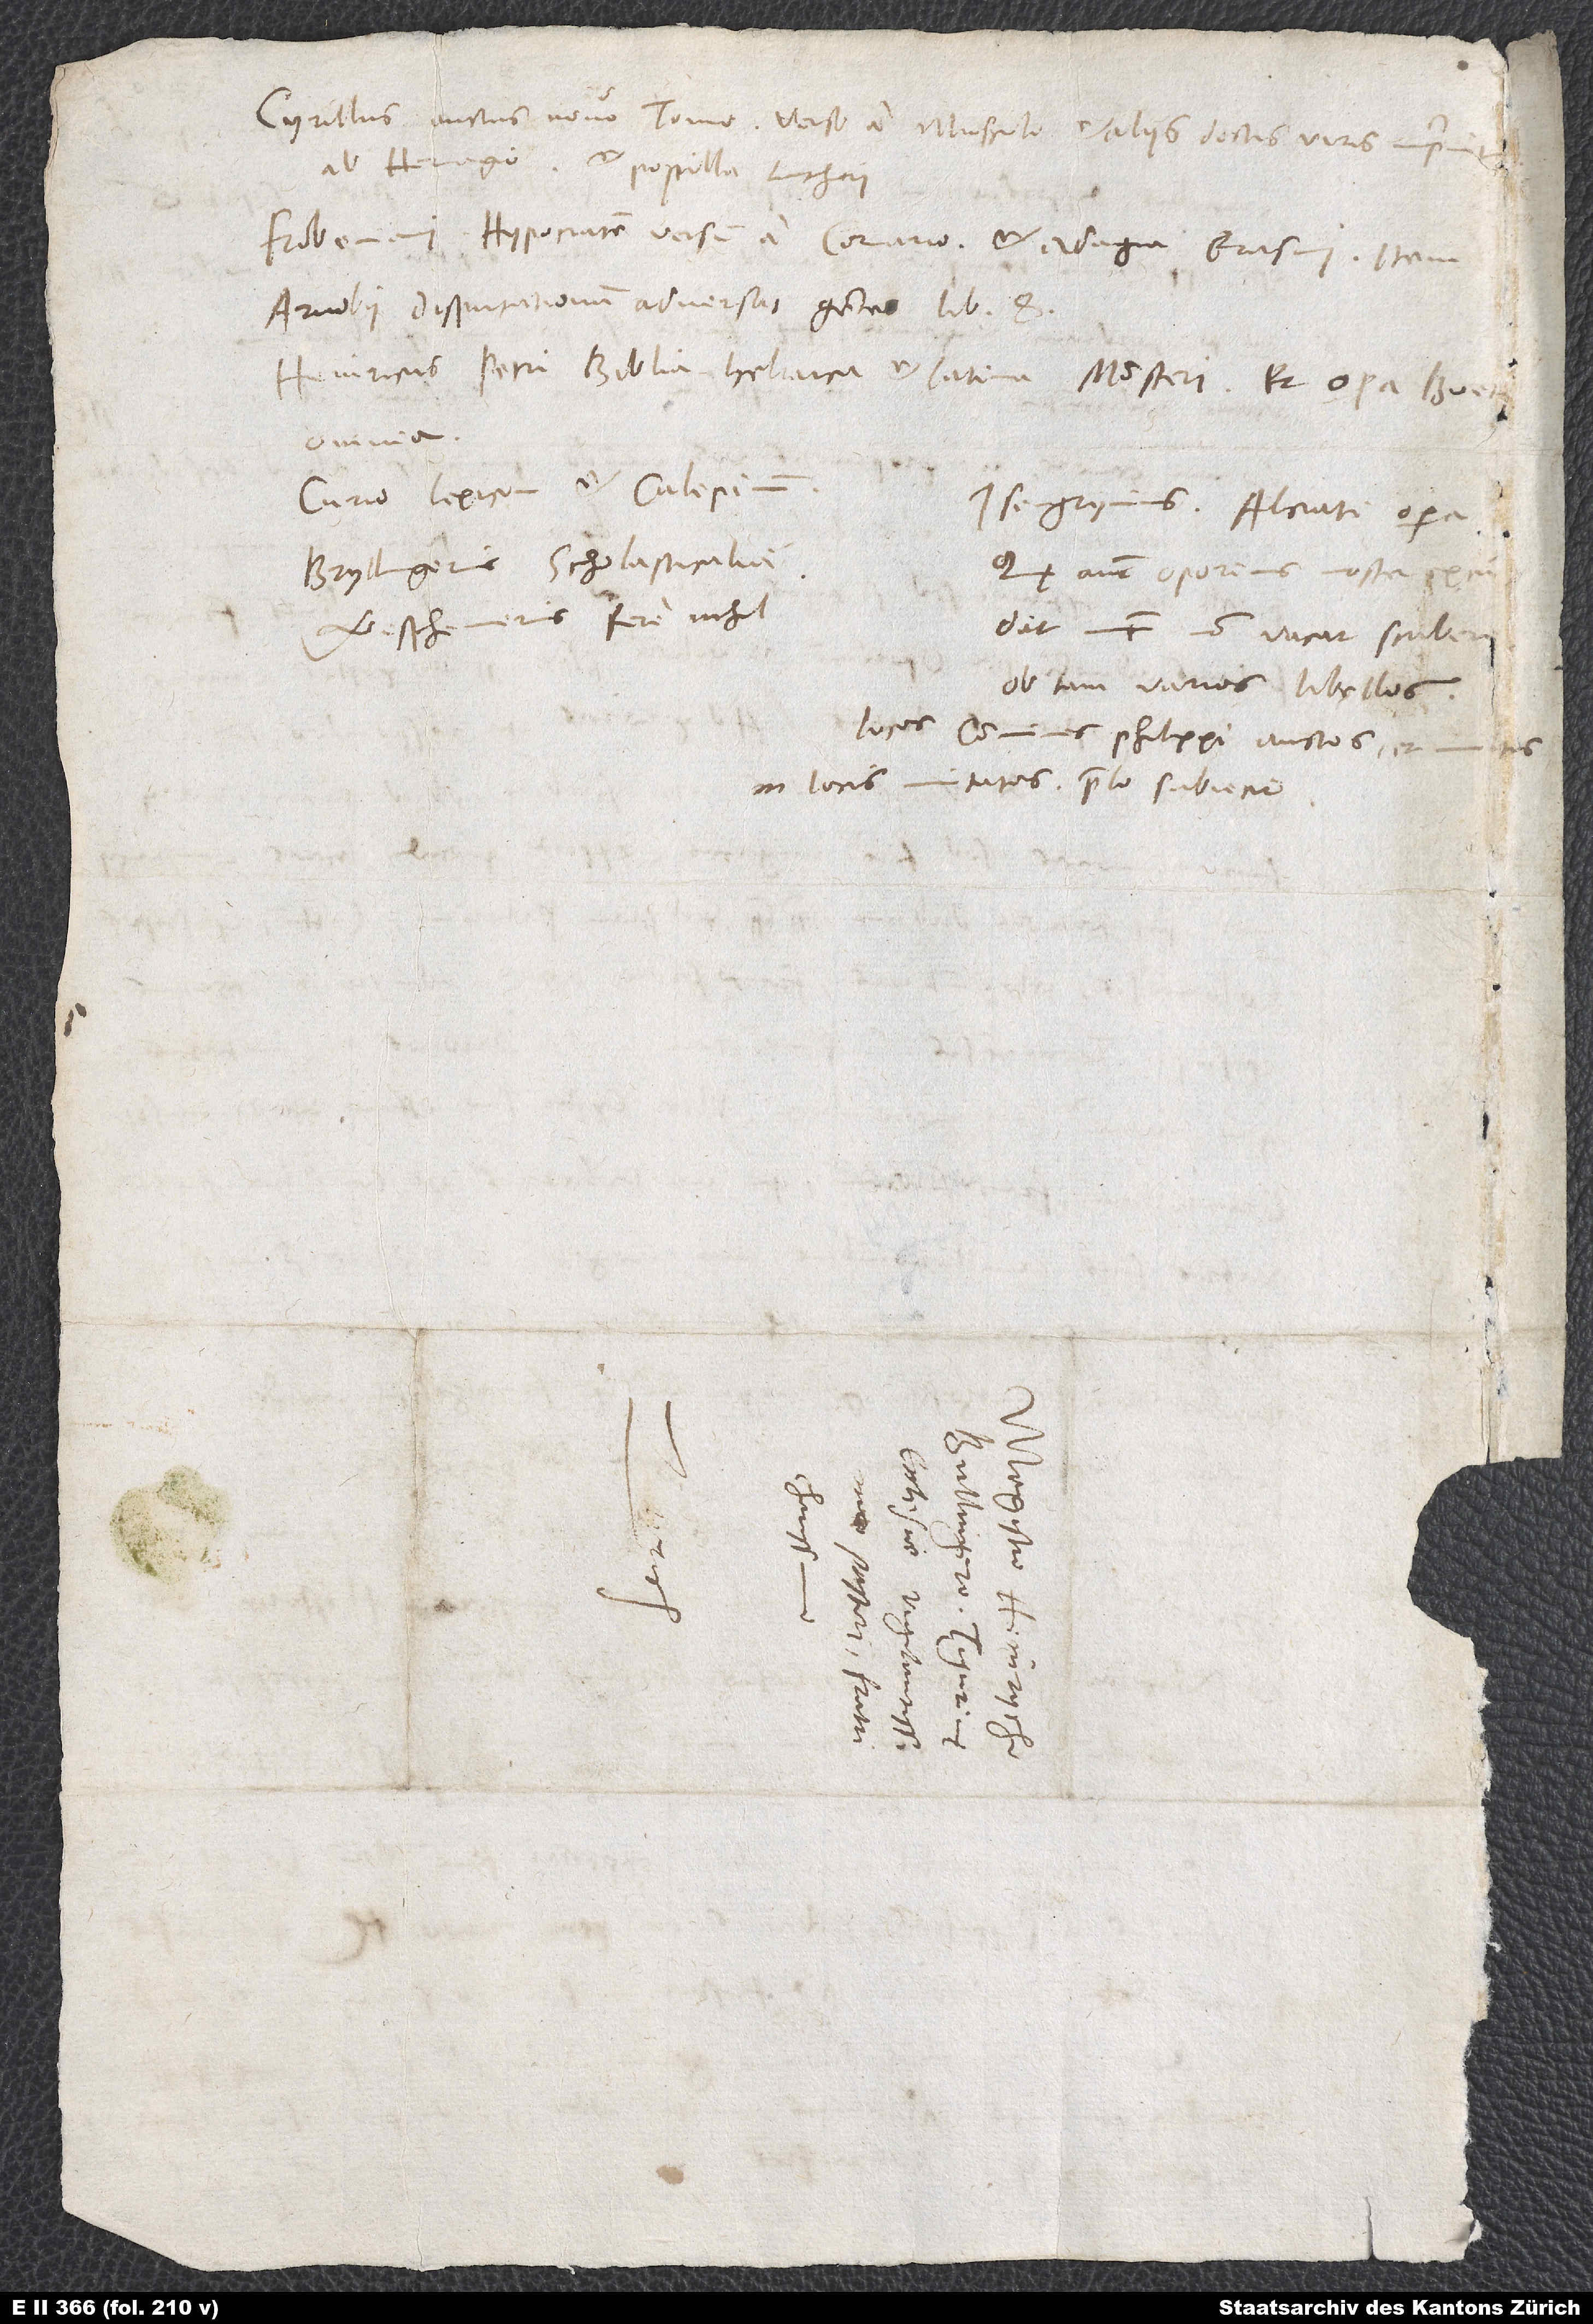
Cyrillus, auctus novo tomo, verso a Musculo et aliis doctis viris, imprimitur
ab Hervagio, et postilla Lutheri.
Frobeniani Hypocratem, versum a Cornario, et adagia Erasmi, item
Arnobii disputationem adversus gentes libros 8.
Heinricus Petri Biblia Hebraica et Latina Monsteri et opera Boe
omnia.
Curio Lexicon et Calepinum.
Isengrynius Alciati opera.
Bryllingerus scholasticalia.
Quę autem Oporinus noster excudit,
Westhemerus fere nihil.
nunc non vacat scribere
ob tam varios libellos;
Locos communes Philippi auctos et m
in locis mutatos prelo subiecit.
S.